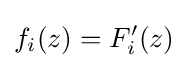
f_{i}(z)=F_{i}'(z)